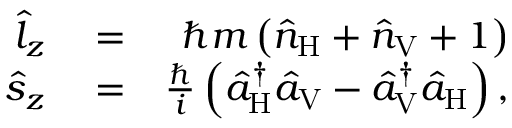
\begin{array} { r l r } { \hat { l } _ { z } } & { { } = } & { \hbar m \left( \hat { n } _ { \mathrm { H } } + \hat { n } _ { \mathrm { V } } + 1 \right) } \\ { \hat { s } _ { z } } & { { } = } & { \frac { \hbar } { i } \left( \hat { a } _ { \mathrm { H } } ^ { \dagger } \hat { a } _ { \mathrm { V } } - \hat { a } _ { \mathrm { V } } ^ { \dagger } \hat { a } _ { \mathrm { H } } \right) , } \end{array}